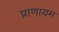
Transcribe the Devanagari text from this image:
प्राणायम